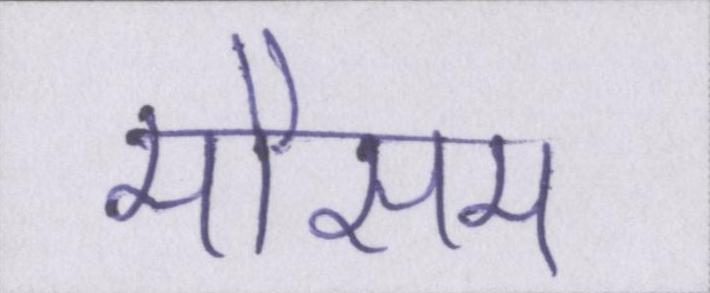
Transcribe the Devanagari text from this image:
मौसम